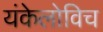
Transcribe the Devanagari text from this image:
यंकेलोविच